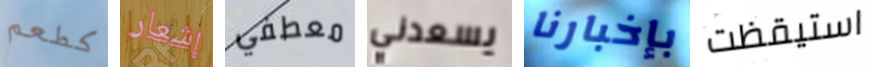
كطعم إشعار معطفي يسعدني بإخبارنا استيقظت